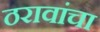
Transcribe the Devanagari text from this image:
ठरावांचा